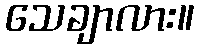
သေချာလား။